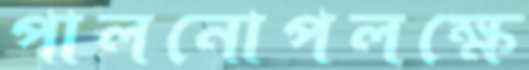
পালনোপলক্ষে